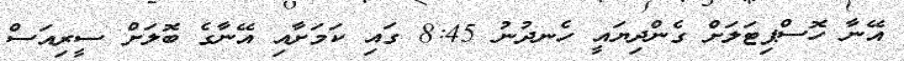
އޭނާ ހޮސްޕިޓަލަށް ގެންދިޔައީ ހެނދުނު 8:45 ގައި ކަމަށާއި އޭނާގެ ބޮލަށް ސީރިއަސް